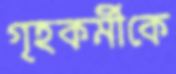
গৃহকর্মীকে